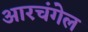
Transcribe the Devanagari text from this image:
आरचंगेल